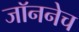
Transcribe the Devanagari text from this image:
जॉननेच